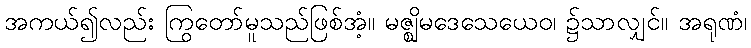
အကယ်၍လည်း ကြွတော်မူသည်ဖြစ်အံ့။ မဇ္ဈိမဒေသေယေဝ၊ ၌သာလျှင်။ အရုဏံ၊